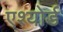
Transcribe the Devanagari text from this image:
एश्योर्ड